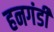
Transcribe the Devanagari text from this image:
हनगंडी